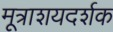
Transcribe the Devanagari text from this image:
मूत्राशयदर्शक